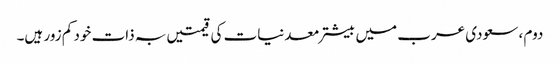
دوم ، سعودی عرب میں بیشتر معدنیات کی قیمتیں بہ ذات خود کم زور ہیں۔